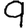
Digit: 9